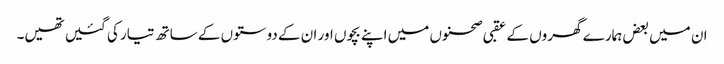
ان میں بعض ہمارے گھروں کے عقبی صحنوں میں اپنے بچوں اور ان کے دوستوں کے ساتھ تیار کی گئیں تھیں۔